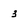
Character: 3